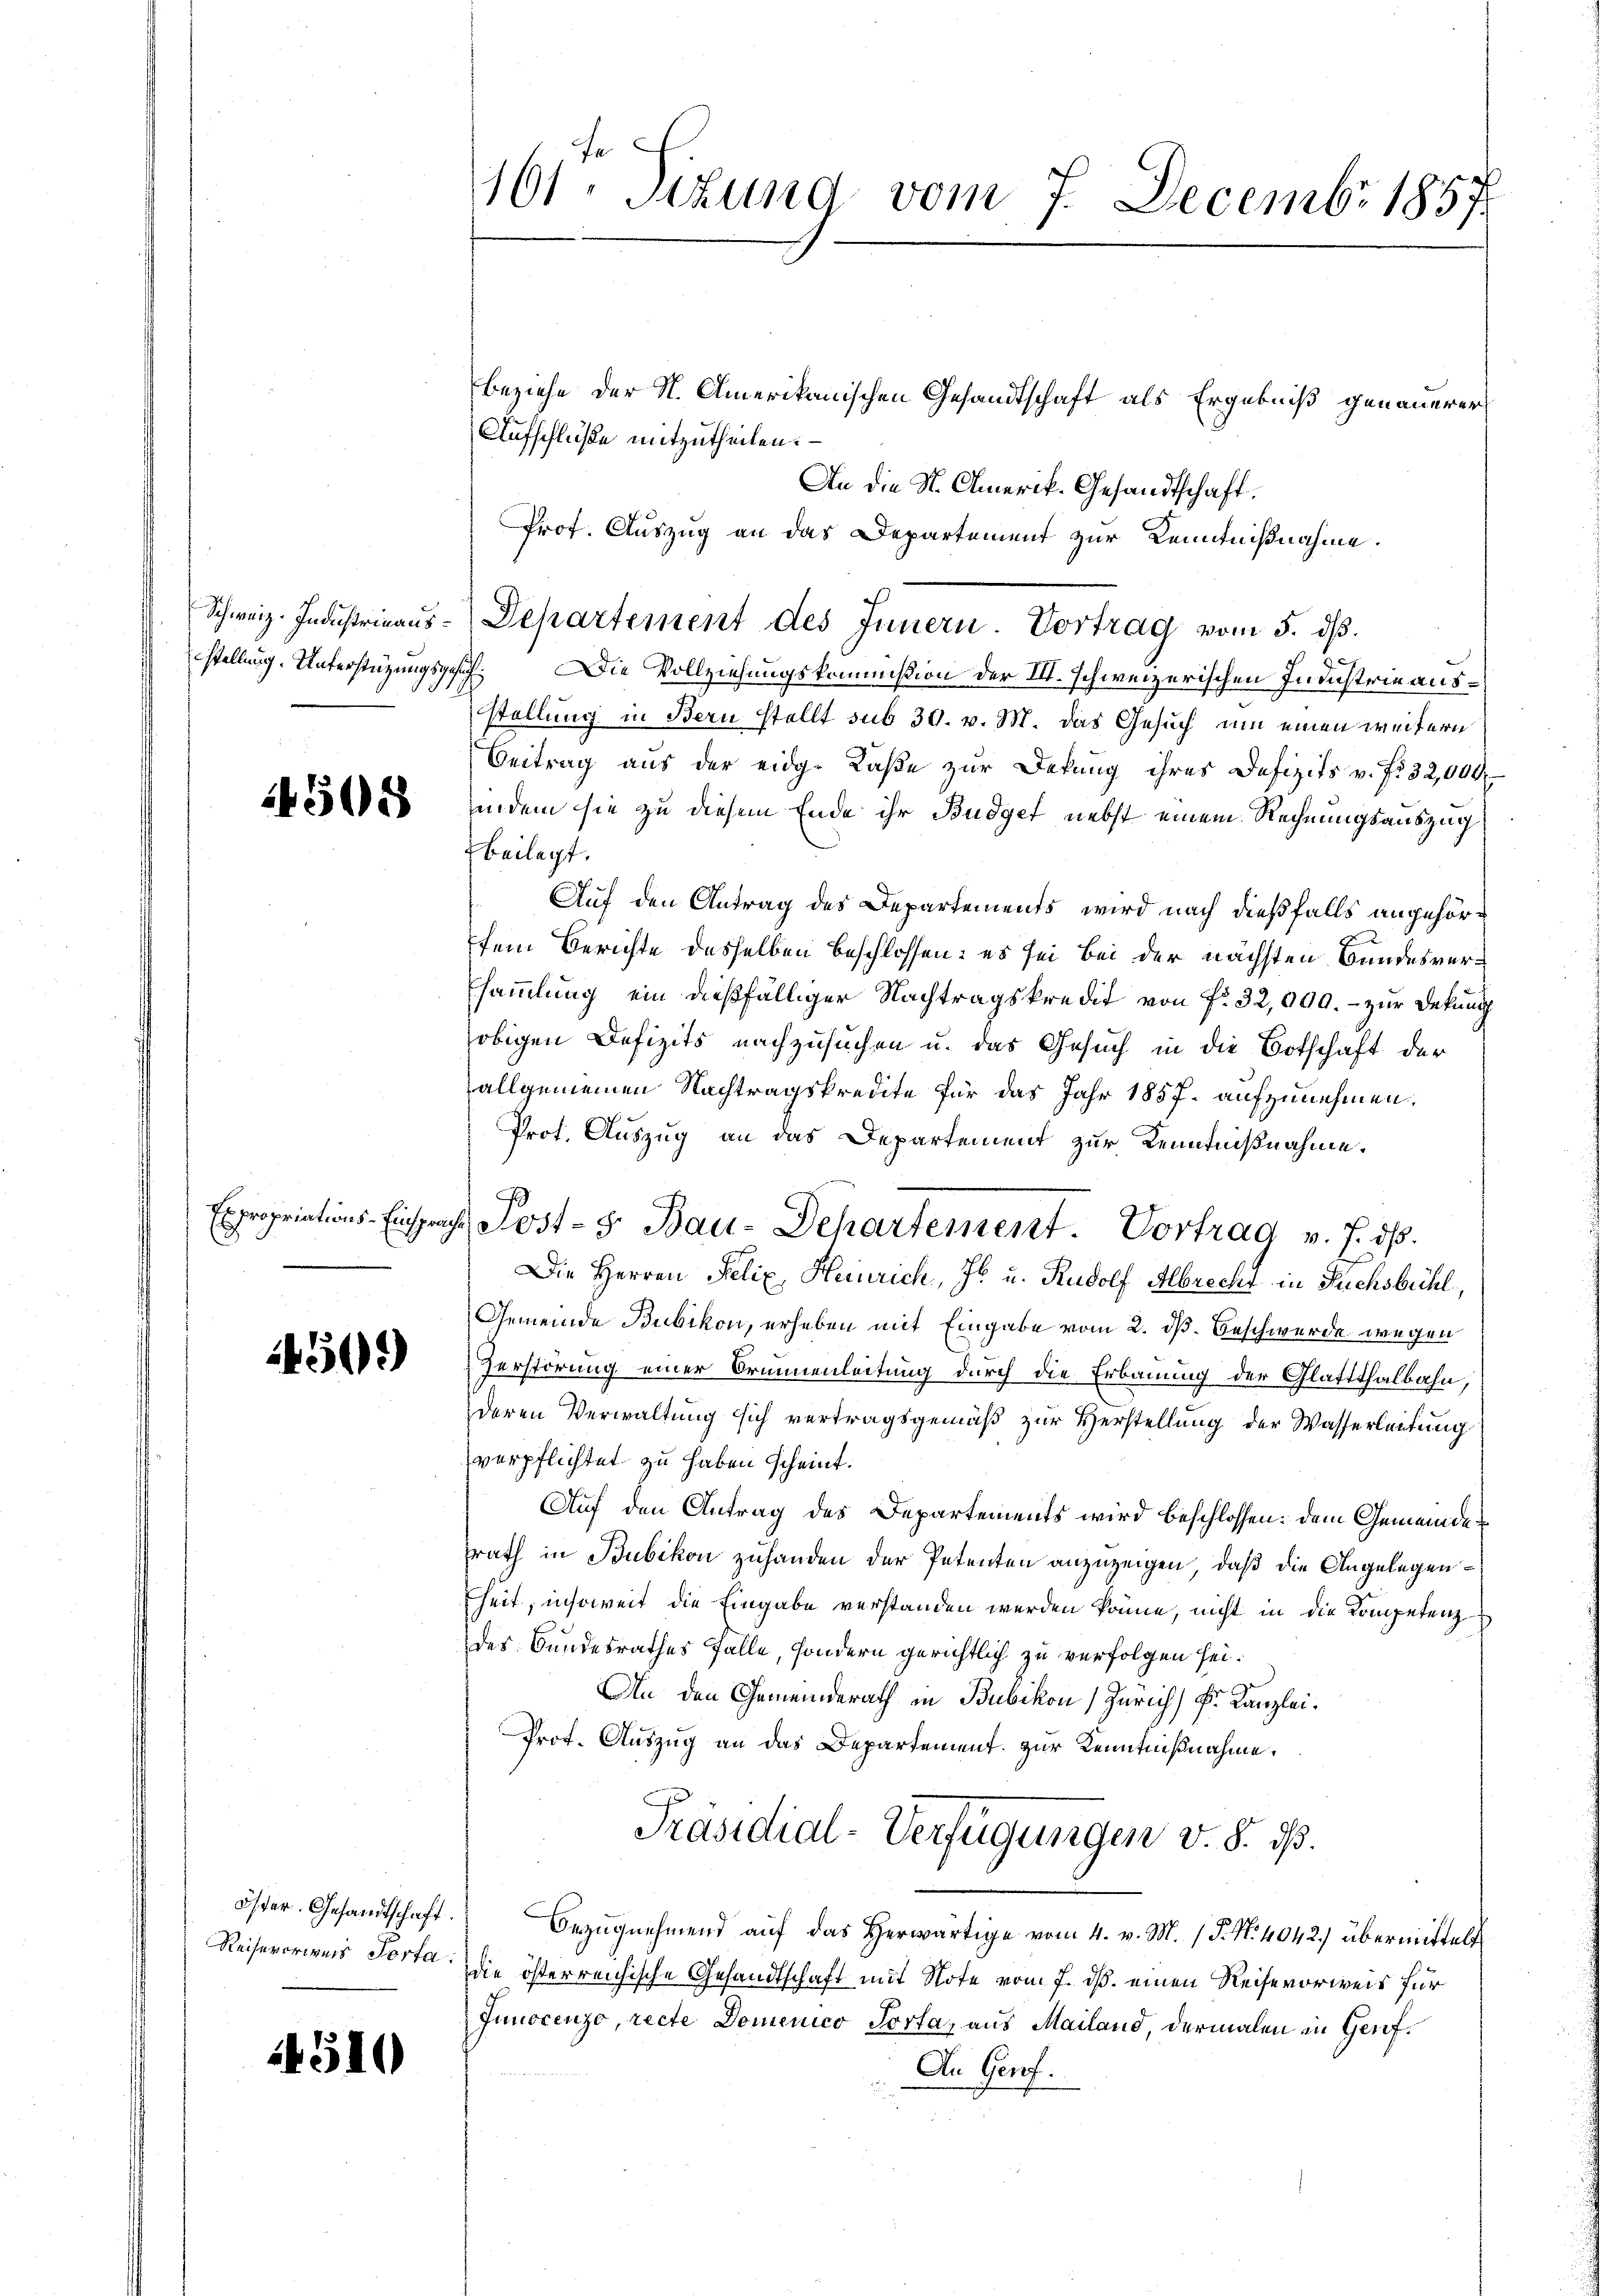
Schweiz. Industrinausstellung. Unterstützungsgesez

4508

Expropriations-Einsprach

450)

öster. Gesandtschaft.
Reisevoriges Porta.

4510

161. Sitzung vom 7. Decembr 1857.

Beziehe der N. Amerikanischen Gesandtschaft als Ergebniß genauerer
Aufschlüße mitzutheilen.
Prof. Auszug an das Departement zur Kenntnißnahme.
.Die Vollziehungskommißion der VII. schweizerischen Industrie ausstellung in Bern stellt sub 30. v. M. das Gesuch um einen weitern
Beitrag aus der eidg. Kaße zur Dekŭng ihres Defizits v. fr. 32,000.
indem sie zu diesem Ende ihr Budget nebst einem Rechnungsauszug
Beilagt.
Auf den Antrag des Departements, wird nach dießfalls angehörfem Berichte desselben beschlossen: es sei bei der nächsten Bundesversammlung ein dießfälliger Nachtragskredit von fr. 32,000.- zur Dekŭng
obigen Defizits nachzusuchen u. das Gesuch in die Botschaft der
allgemeinen Nachtragskredite für das Jahr 1857 aufzunehmen.
Prot. Auszug an das Departement zur Kenntnißnahme.
Die Herren Felix Heinrich, Jb. u. Rudolf Albrecht in Fuchsbühl
Gemeinde Bubikon, erheben mit Eingabe vom 2. dß. Beschwerde wegen
Zerstörung einer Orinnenleitung durch die Erbauung der Glattthalbahn,
deren Verwaltung sich vertragsgemäß zur Herstellung der Wasserleitung
verpflichtet zu haben scheint.
Auf den Antrag des Departements wird beschlossen: dem Gemeinderath in Bubikon zuhanden der Petenten anzuzeigen, daß die Angelegenheit, insoweit die Eingabe verstanden werden könne, nicht in die Kompetenz
des Bundesrathes Falle, sondern gerichtlich zu verfolgen sei.
An den Gemeinderath in Bubikon) Zürich) Fr. Kanzlei¬
Prot. Auszug an das Departement zur Kenntnißnahme.
Präsidial-Verfügungen v. 8. d.
Bezugnehmend auf das Herwärtige vom 4. v. M. P. Nr. 4042) übermittelt
die österreichische Gesandtschaft mit Note vom 7. ds. einen Reisevorweis für
Junocenzo, recte Domenico Porta, aus Mailand, dermalen in Genf¬
An Genf.

Departement des Innern Vortrag vom 5. dβ.

Post-5 Bau-Departement. Vortrag v. J. dß.

An die St. Omerik- Gesandtschaft.